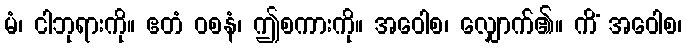
မံ၊ ငါဘုရားကို။ ဧတံ ဝစနံ၊ ဤစကားကို။ အဝေါစ၊ လျှောက်၏။ ကိံ အဝေါစ၊